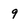
Character: 9